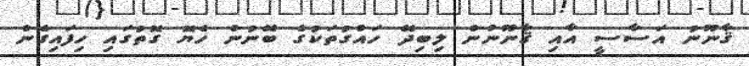
ޤާނޫނު އަސާސީ އާއި ޤާނޫނުން ލިބިދޭ ހައްގުތަކުގެ ބޭނުން ހެޔޮ ގޮތުގައި ހިފައިގެން